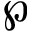
\wp